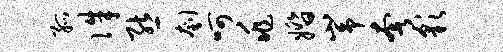
孤侏熊刳呵兆婚峥奢彩